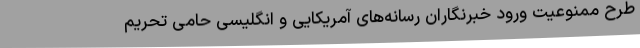
طرح ممنوعیت ورود خبرنگاران رسانه‌های آمریکایی و انگلیسی حامی تحریم